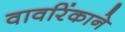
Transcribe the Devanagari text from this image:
वावरिंकाने